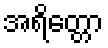
အရိတ္တော